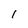
Character: 1